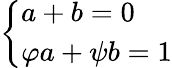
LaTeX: \left\{ {\begin{array}{l}{a+b=0}\\ {\varphi a+\psi b=1}\end{array}}\right.